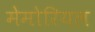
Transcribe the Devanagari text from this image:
मेमोरियल